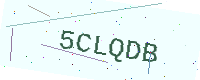
Text: 5CLQDB